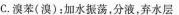
C.溴苯(溴)：加水振荡。分液，弃水层